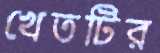
খেতটির